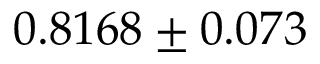
0 . 8 1 6 8 \pm 0 . 0 7 3